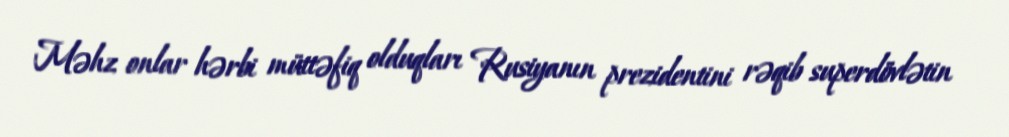
Məhz onlar hərbi müttəfiq olduqları Rusiyanın prezidentini rəqib superdövlətin